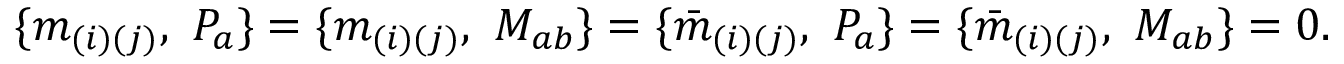
\{ m _ { ( i ) ( j ) } , \ { \cal P } _ { a } \} = \{ m _ { ( i ) ( j ) } , \ { \cal M } _ { a b } \} = \{ { \bar { m } } _ { ( i ) ( j ) } , \ { \cal P } _ { a } \} = \{ { \bar { m } } _ { ( i ) ( j ) } , \ { \cal M } _ { a b } \} = 0 .